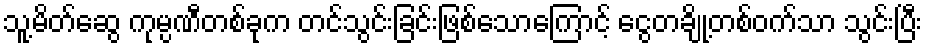
သူ့မိတ်ဆွေ ကုမ္ပဏီတစ်ခုက တင်သွင်းခြင်းဖြစ်သောကြောင့် ငွေတချို့တစ်ဝက်သာ သွင်းပြီး